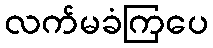
လက်မခံကြပေ